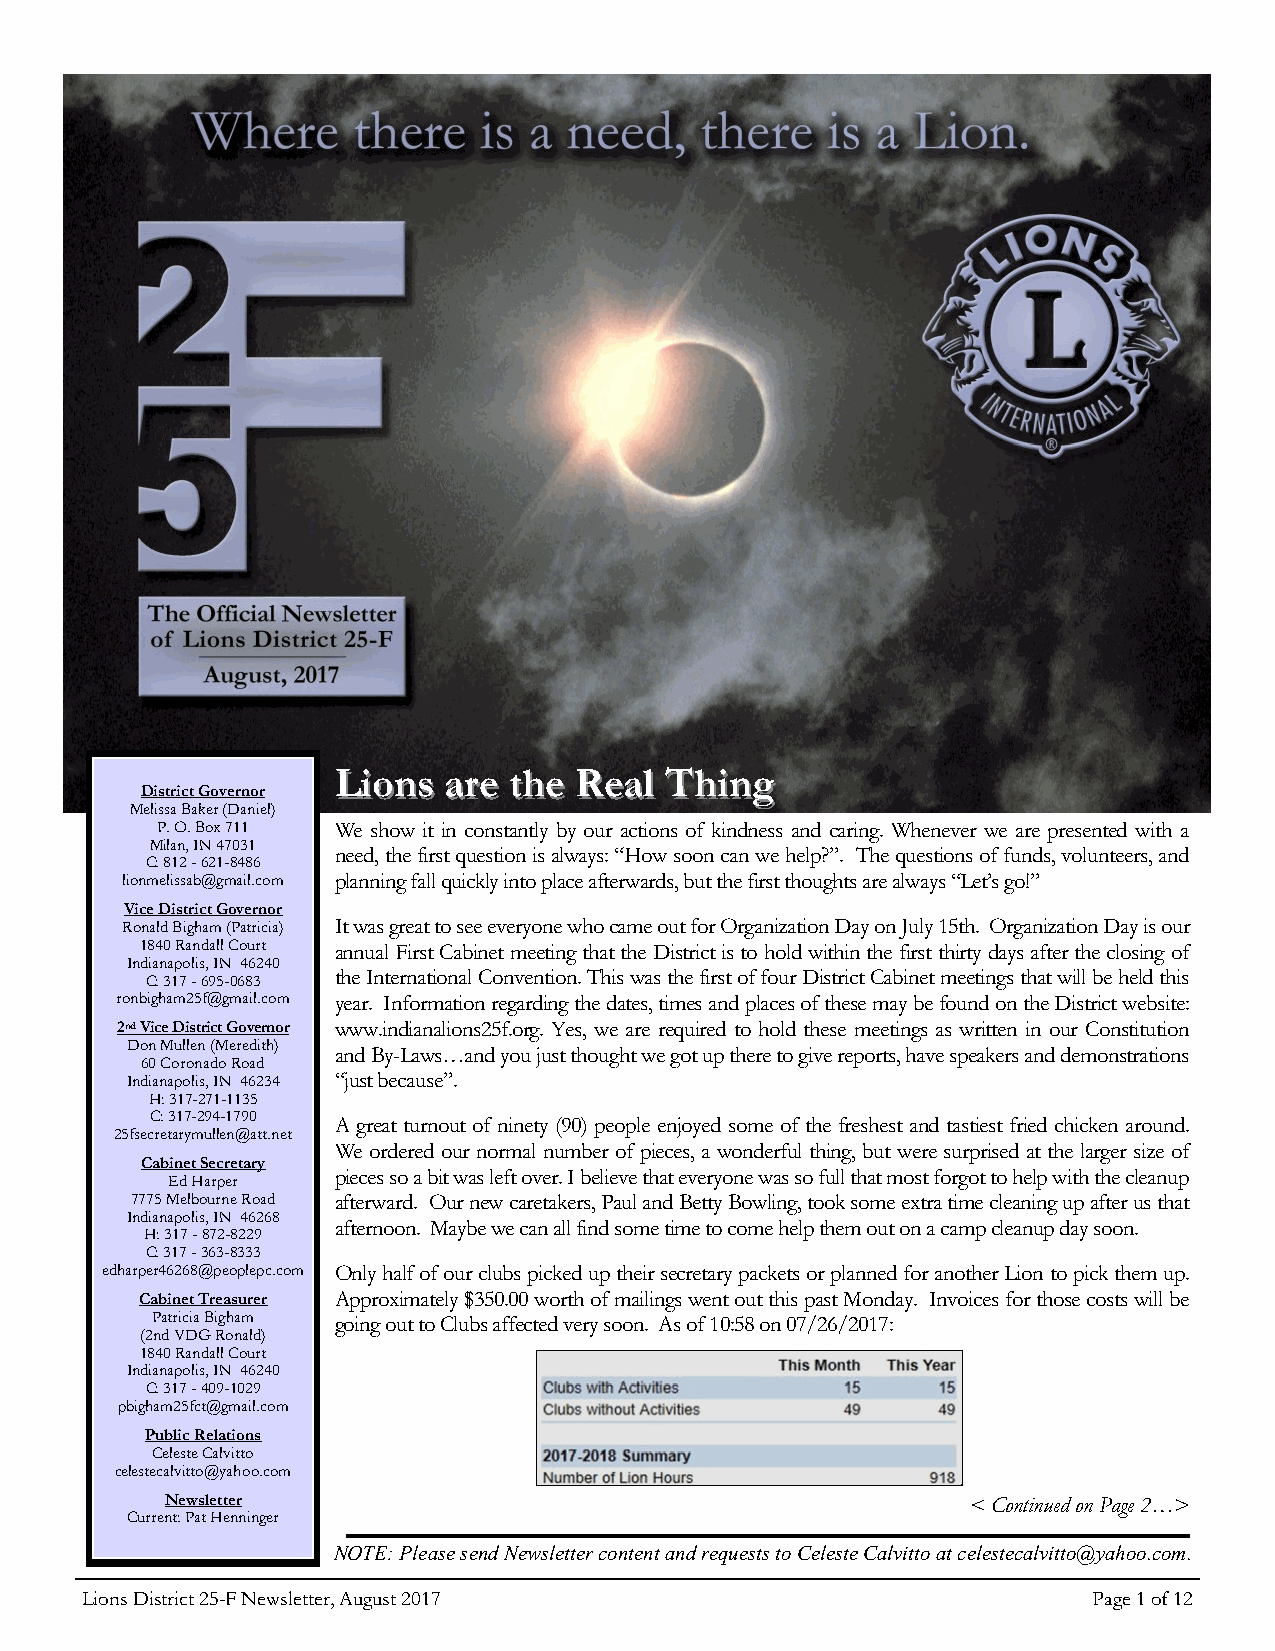
LLiioonnss aarree tthhee RReeaall TThhiinngg
 District Governor
 Melissa Baker (Daniel)
 P. O. Box 711 We show it in constantly by our actions of kindness and caring. Whenever we are presented with a
 Milan, IN 47031
 need, the first question is always: “How soon can we help?”. The questions of funds, volunteers, and
 C: 812 - 621-8486
 lionmelissab@gmail.com planning fall quickly into place afterwards, but the first thoughts are always “Let’s go!”
 Vice Distric t Governor
 Ronald Bigham (Patricia) It was great to see everyone who came out for Organization Day on July 15th. Organization Day is our
 1840 Randall Court annual First Cabinet meeting that the District is to hold within the first thirty days after the closing of
 Indianapolis, IN 46240
 C: 317 - 695-0683 the International Convention. This was the first of four District Cabinet meetings that will be held this
 ronbigham25f@gmail.com year. Information regarding the dates, times and places of these may be found on the District website:
 2nd Vice District Governor www.indianalions25f.org. Yes, we are required to hold these meetings as written in our Constitution
 Don Mullen (Meredith)
 and By-Laws…and you just thought we got up there to give reports, have speakers and demonstrations
 60 Coronado Road
 Indianapolis, IN 46234 “just because”.
 H: 317-271-1135
 C: 317-294-1790 A great turnout of ninety (90) people enjoyed some of the freshest and tastiest fried chicken around.
 25fsecretarymullen@att.net
 We ordered our normal number of pieces, a wonderful thing, but were surprised at the larger size of
 Cabinet Secretary
 pieces so a bit was left over. I believe that everyone was so full that most forgot to help with the cleanup
 Ed Harper
 7775 Melbourne Road afterward. Our new caretakers, Paul and Betty Bowling, took some extra time cleaning up after us that
 Indianapolis, IN 46268
 afternoon. Maybe we can all find some time to come help them out on a camp cleanup day soon.
 H: 317 - 872-8229
 C: 317 - 363-8333
 edharper46268@peoplepc.com Only half of our clubs picked up their secretary packets or planned for another Lion to pick them up.
 Cabinet Treasurer Approximately $350.00 worth of mailings went out this past Monday. Invoices for those costs will be
 Patricia Bigham going out to Clubs affected very soon. As of 10:58 on 07/26/2017:
 (2nd VDG Ronald)
 1840 Randall Court
 Indianapolis, IN 46240
 C: 317 - 409-1029
 pbigham25fct@gmail.com
 Public Relations
 Celeste Calvitto
 celestecalvitto@yahoo.com
 Newsletter                                           < Continued on Page 2…>
 Current: Pat Henninger
 NOTE: Please send Newsletter content and requests to Celeste Calvitto at celestecalvitto@yahoo.com.
 Lions District 25-F Newsletter, August 2017                        Page 1 of 12